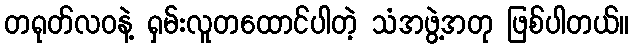
တရုတ်လဝနဲ့ ရှမ်းလူတထောင်ပါတဲ့ သံအဖွဲ့အတု ဖြစ်ပါတယ်။